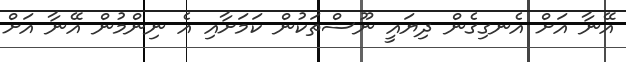
އޭނާ އަށް އެނގިގެން ދިޔައީ ނޫސްތަކުން ކަމަށާއި އެ ނިންމުން އޭނާ އަށް